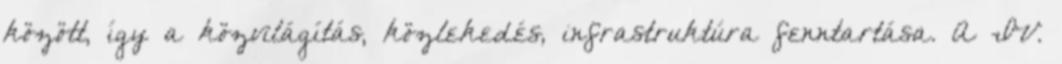
között, így a közvilágítás, közlekedés, infrastruktúra fenntartása. A IV.